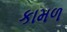
કામળ